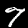
Digit: 7